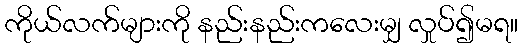
ကိုယ်လက်များကို နည်းနည်းကလေးမျှ လှုပ်၍မရ။